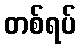
တစ်ရပ်